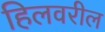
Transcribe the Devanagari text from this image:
हिलवरील